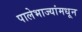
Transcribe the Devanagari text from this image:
पालेभाज्यांमधून